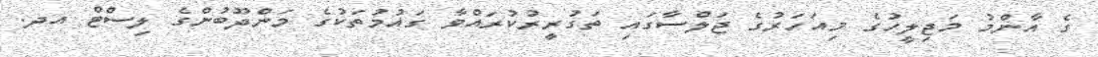
ގެ އާންމު މަޖިލީހުގެ މިއަހަރުގެ ޖަލްސާގައި ތަގުރީރުކުރައްވާ ގައުމުތަކުގެ މަންދޫބުންގެ ލިސްޓް އދ.